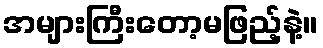
အများကြီးတော့မဖြည့်နဲ့။